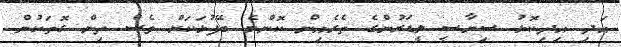
އަދި އިދިކޮޅު ސިޔާސީ ލީޑަރުންގެ ތެރެއިން ކޮންމެ ބޭފުޅަކަށް ވެސް ތިން ގޮތަކުން